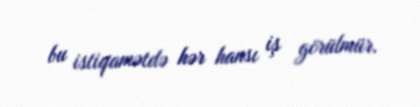
bu istiqamətdə hər hansı iş görülmür.